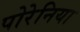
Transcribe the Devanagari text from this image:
पोरेनिया